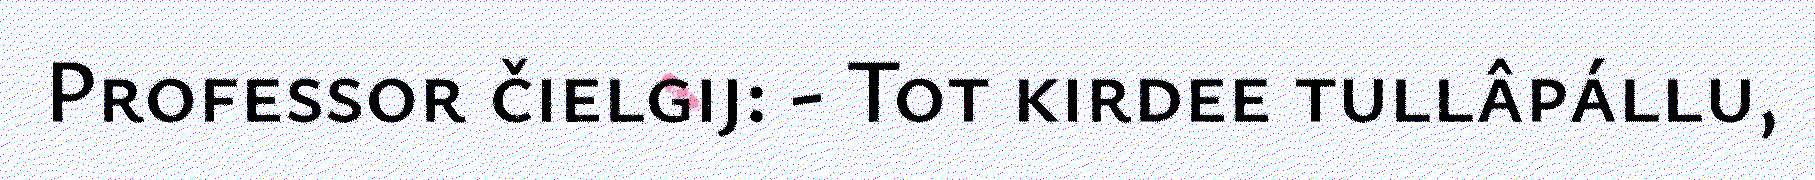
Professor čielgij: - Tot kirdee tullâpállu,